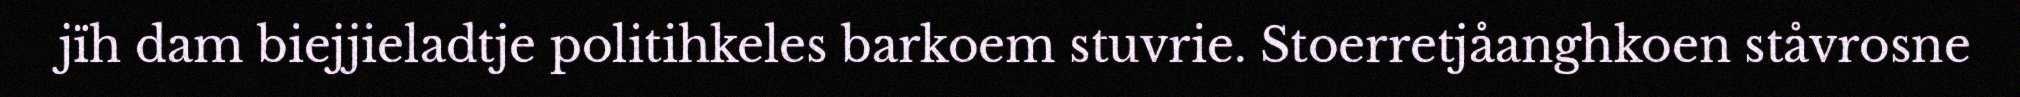
jïh dam biejjieladtje politihkeles barkoem stuvrie. Stoerretjåanghkoen ståvrosne